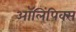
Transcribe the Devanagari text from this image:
ऑलिंपिक्स